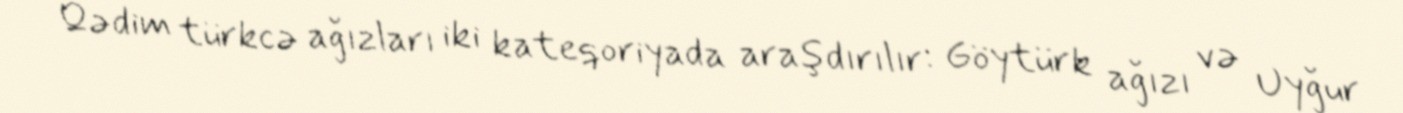
Qədim türkcə ağızları iki kateqoriyada araşdırılır: Göytürk ağızı və Uyğur